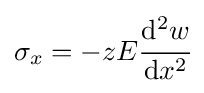
\sigma _{x}=-zE{\cfrac {\mathrm {d} ^{2}w}{\mathrm {d} x^{2}}}